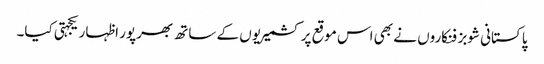
پاکستانی شوبز فنکاروں نے بھی اس موقع پر کشمیریوں کے ساتھ بھرپور اظہار یکجہتی کیا۔